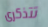
تتذكرى